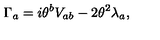
\Gamma _ { a } = i \theta ^ { b } V _ { a b } - 2 \theta ^ { 2 } \lambda _ { a } ,